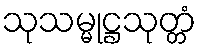
သုသမ္မုဋ္ဌသုတ္တံ